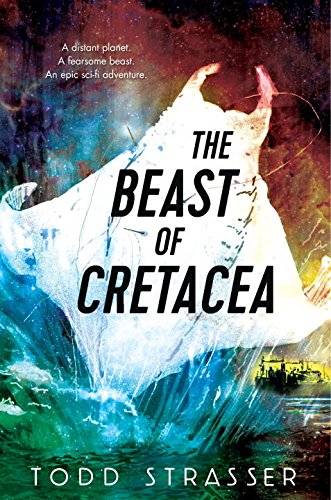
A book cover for The Beast of Cretacea; Todd Strasser; Teen & Young Adult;